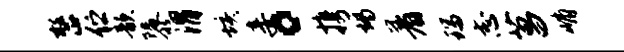
整伫歆隳渭垓妾。携竭着瑞志菖峭